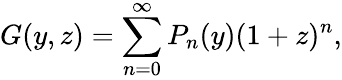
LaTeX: G(y,z)=\sum_{n=0}^{\infty}P_{n}(y)(1+z)^{n},